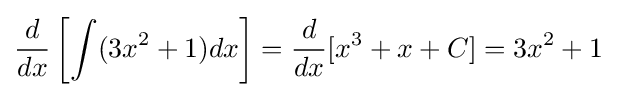
{\frac {d}{dx}}\left[\int (3x^{2}+1)dx\right]={\frac {d}{dx}}[x^{3}+x+C]=3x^{2}+1